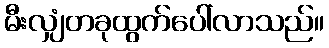
မီးလျှံတခုထွက်ပေါ်လာသည်။